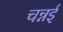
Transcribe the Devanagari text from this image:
चन्नई